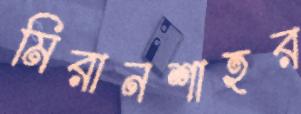
মিরানশাহর